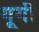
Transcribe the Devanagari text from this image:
गूगी